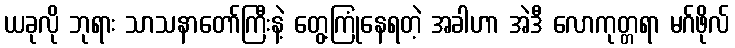
ယခုလို ဘုရား သာသနာတော်ကြီးနဲ့ တွေ့ကြုံနေရတဲ့ အခါဟာ အဲဒီ လောကုတ္တရာ မဂ်ဖိုလ်